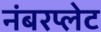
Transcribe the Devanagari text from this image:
नंबरप्लेट